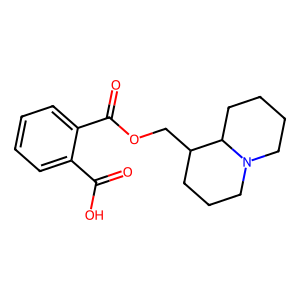
SMILES: O=C(O)c1ccccc1C(=O)OCC1CCCN2CCCCC12
Inhibits HIV replication: No